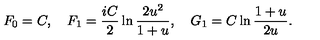
F _ { 0 } = C , \quad F _ { 1 } = \frac { i C } 2 \ln \frac { 2 u ^ { 2 } } { 1 + u } , \quad G _ { 1 } = C \ln \frac { 1 + u } { 2 u } .